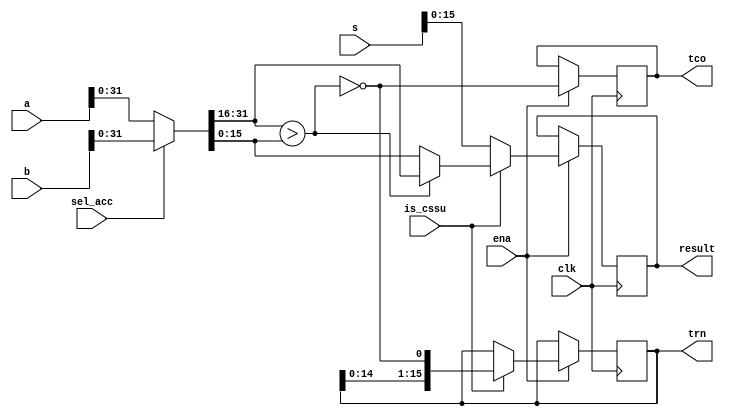
/////////////////////////////////////////////////////////////////////
////                                                             ////
////  OpenCores54 DSP, Compare Select and Store Unit (CSSU)      ////
////                                                             ////
////          richard@asics.ws                                   ////
////          www.asics.ws                                       ////
////                                                             ////
/////////////////////////////////////////////////////////////////////
////                                                             ////
//// Copyright (C) 2002 Richard Herveille                        ////
////                    richard@asics.ws                         ////
////                                                             ////
//// This source file may be used and distributed without        ////
//// restriction provided that this copyright statement is not   ////
//// removed from the file and that any derivative work contains ////
//// the original copyright notice and the associated disclaimer.////
////                                                             ////
////     THIS SOFTWARE IS PROVIDED ``AS IS'' AND WITHOUT ANY     ////
//// EXPRESS OR IMPLIED WARRANTIES, INCLUDING, BUT NOT LIMITED   ////
//// TO, THE IMPLIED WARRANTIES OF MERCHANTABILITY AND FITNESS   ////
//// FOR A PARTICULAR PURPOSE. IN NO EVENT SHALL THE AUTHOR      ////
//// OR CONTRIBUTORS BE LIABLE FOR ANY DIRECT, INDIRECT,         ////
//// INCIDENTAL, SPECIAL, EXEMPLARY, OR CONSEQUENTIAL DAMAGES    ////
//// (INCLUDING, BUT NOT LIMITED TO, PROCUREMENT OF SUBSTITUTE   ////
//// GOODS OR SERVICES; LOSS OF USE, DATA, OR PROFITS; OR        ////
//// BUSINESS INTERRUPTION) HOWEVER CAUSED AND ON ANY THEORY OF  ////
//// LIABILITY, WHETHER IN  CONTRACT, STRICT LIABILITY, OR TORT  ////
//// (INCLUDING NEGLIGENCE OR OTHERWISE) ARISING IN ANY WAY OUT  ////
//// OF THE USE OF THIS SOFTWARE, EVEN IF ADVISED OF THE         ////
//// POSSIBILITY OF SUCH DAMAGE.                                 ////
////                                                             ////
/////////////////////////////////////////////////////////////////////
				
//
// NOTE: Read the pipeline information for the CMPS instruction
//

//
// Xilinx Virtex-E WC: 41 CLB slices @ 130MHz
//
									 
//  CVS Log														     
//																     
//  $Id: oc54_cssu.v,v 1.1.1.1 2002-04-10 09:34:41 rherveille Exp $														     
//																     
//  $Date: 2002-04-10 09:34:41 $														 
//  $Revision: 1.1.1.1 $													 
//  $Author: rherveille $													     
//  $Locker:  $													     
//  $State: Exp $														 
//																     
// Change History:												     
//               $Log: not supported by cvs2svn $											 
																

module oc54_cssu (
	clk, ena,
	sel_acc, is_cssu,
	a, b, s,
	tco,
	trn, result
	);

//
// parameters
//

//
// inputs & outputs
//
input         clk;
input         ena;
input         sel_acc;           // select input
input         is_cssu;           // is this a cssu operation ?
input  [39:0] a, b, s;           // accumulators, shifter input
output        tco;               // tc-out
output [15:0] trn, result;

reg        tco;
reg [15:0] trn, result;

//
// variables
//

wire [31:0] acc;      // selected accumulator
wire        acc_cmp;  // acc[31;16]>acc[15:0] ??
//
// module body
//

//
// generate input selection
//

// input selection
assign acc = sel_acc ? b[31:0] : a[31:0];

assign acc_cmp = acc[31:16] > acc[15:0];

// result
always@(posedge clk)
	if (ena)
	begin
		if (is_cssu)
			if (acc_cmp)
				result <= #1 acc[31:16];
			else
				result <= #1 acc[15:0];
		else
			result <= #1 s[15:0];

		if (is_cssu)
			trn <= #1 {trn[14:0], ~acc_cmp};

		tco <= #1 ~acc_cmp;
	end
endmodule